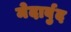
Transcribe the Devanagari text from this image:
मेदार्बुद